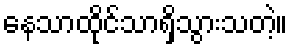
နေသာထိုင်သာရှိသွားသတဲ့။